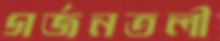
গর্জনতলী